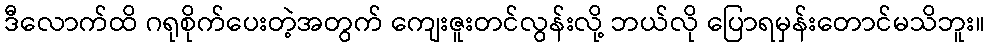
ဒီလောက်ထိ ဂရုစိုက်ပေးတဲ့အတွက် ကျေးဇူးတင်လွန်းလို့ ဘယ်လို ပြောရမှန်းတောင်မသိဘူး။